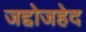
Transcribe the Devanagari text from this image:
जद्दोजहेद